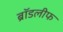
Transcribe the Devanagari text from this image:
ब्रॉडलीफ